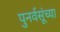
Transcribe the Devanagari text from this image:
पुनर्वसूंच्या